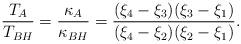
LaTeX: \begin{align*}\frac{T_A}{T_{BH}}=\frac{\kappa_A}{\kappa_{BH}}=\frac{(\xi_4-\xi_3)(\xi_3-\xi_1)}{(\xi_4-\xi_2)(\xi_2-\xi_1)}.\end{align*}